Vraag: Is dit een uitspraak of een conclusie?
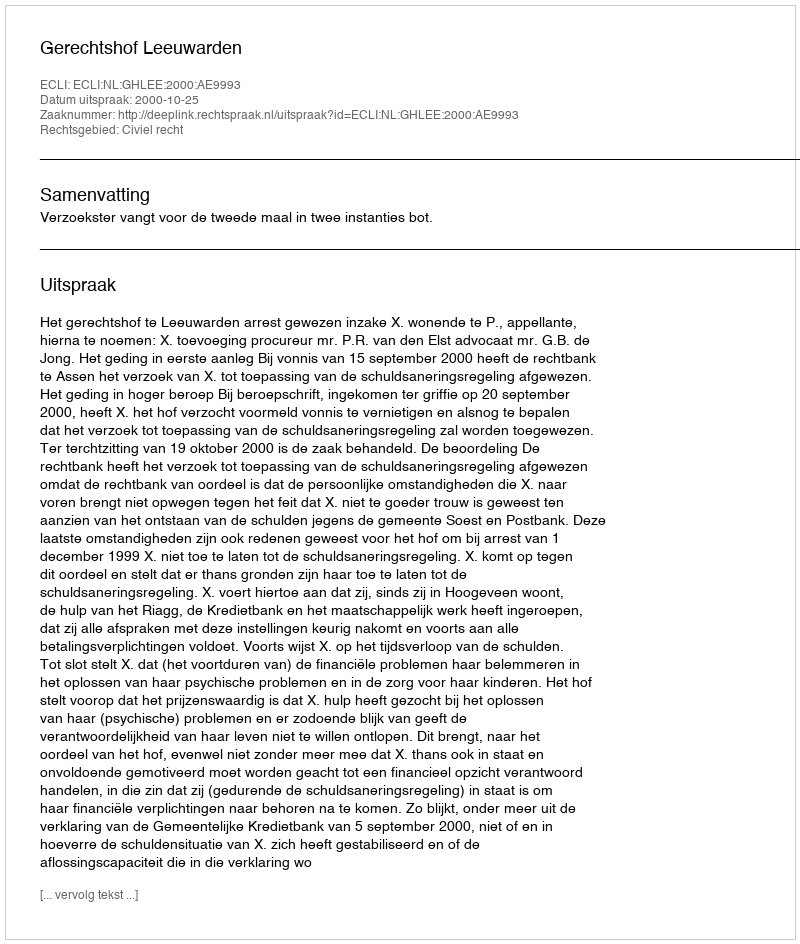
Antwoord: Uitspraak